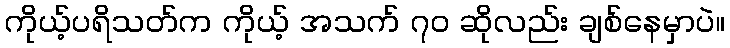
ကိုယ့်ပရိသတ်က ကိုယ့် အသက် ၇ဝ ဆိုလည်း ချစ်နေမှာပဲ။